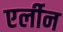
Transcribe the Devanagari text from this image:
एर्लीन